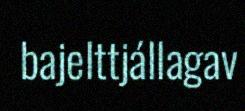
bajelttjállagav